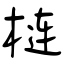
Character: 梿